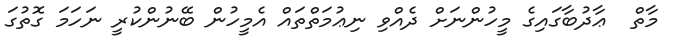
މާތް  ޢާދުބާގައިގެ މީހުންނަށް ދެއްވި ނިޢުމަތްތައް އެމީހުން ބޭނުންކުރީ ނަހަމަ ގޮތުގަ